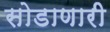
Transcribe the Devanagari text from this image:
सोडाणारी